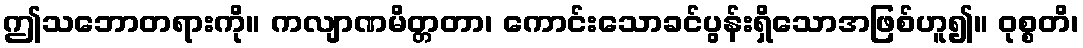
ဤသဘောတရားကို။ ကလျာဏမိတ္တတာ၊ ကောင်းသောခင်ပွန်းရှိသောအဖြစ်ဟူ၍။ ဝုစ္စတိ၊